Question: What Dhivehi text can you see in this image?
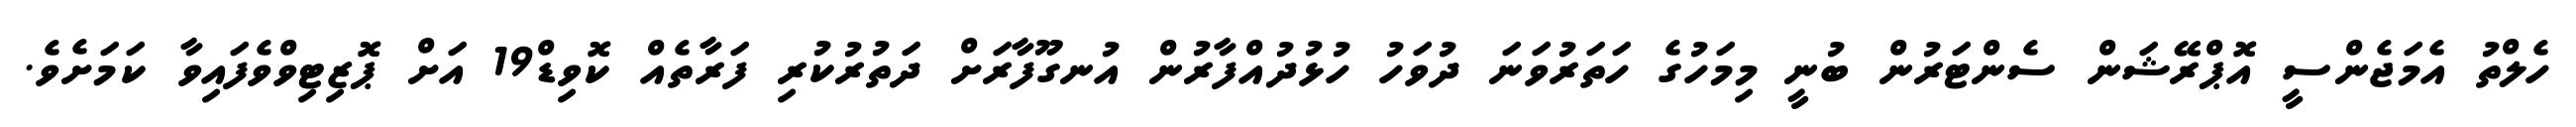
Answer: ހެލްތު އެމަޖެންސީ އޮޕްރޭޝަން ސެންޓަރުން ބުނީ މިމަހުގެ ހަތަރުވަނަ ދުވަހު ހުޅުދުއްފާރުން އުނގޫފާރަށް ދަތުރުކުރި ފަރާތެއް ކޮވިޑް19 އަށް ޕޮޒިޓިވްވެފައިވާ ކަމަށެވެ.